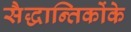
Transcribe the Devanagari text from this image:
सैद्धान्तिकोंके